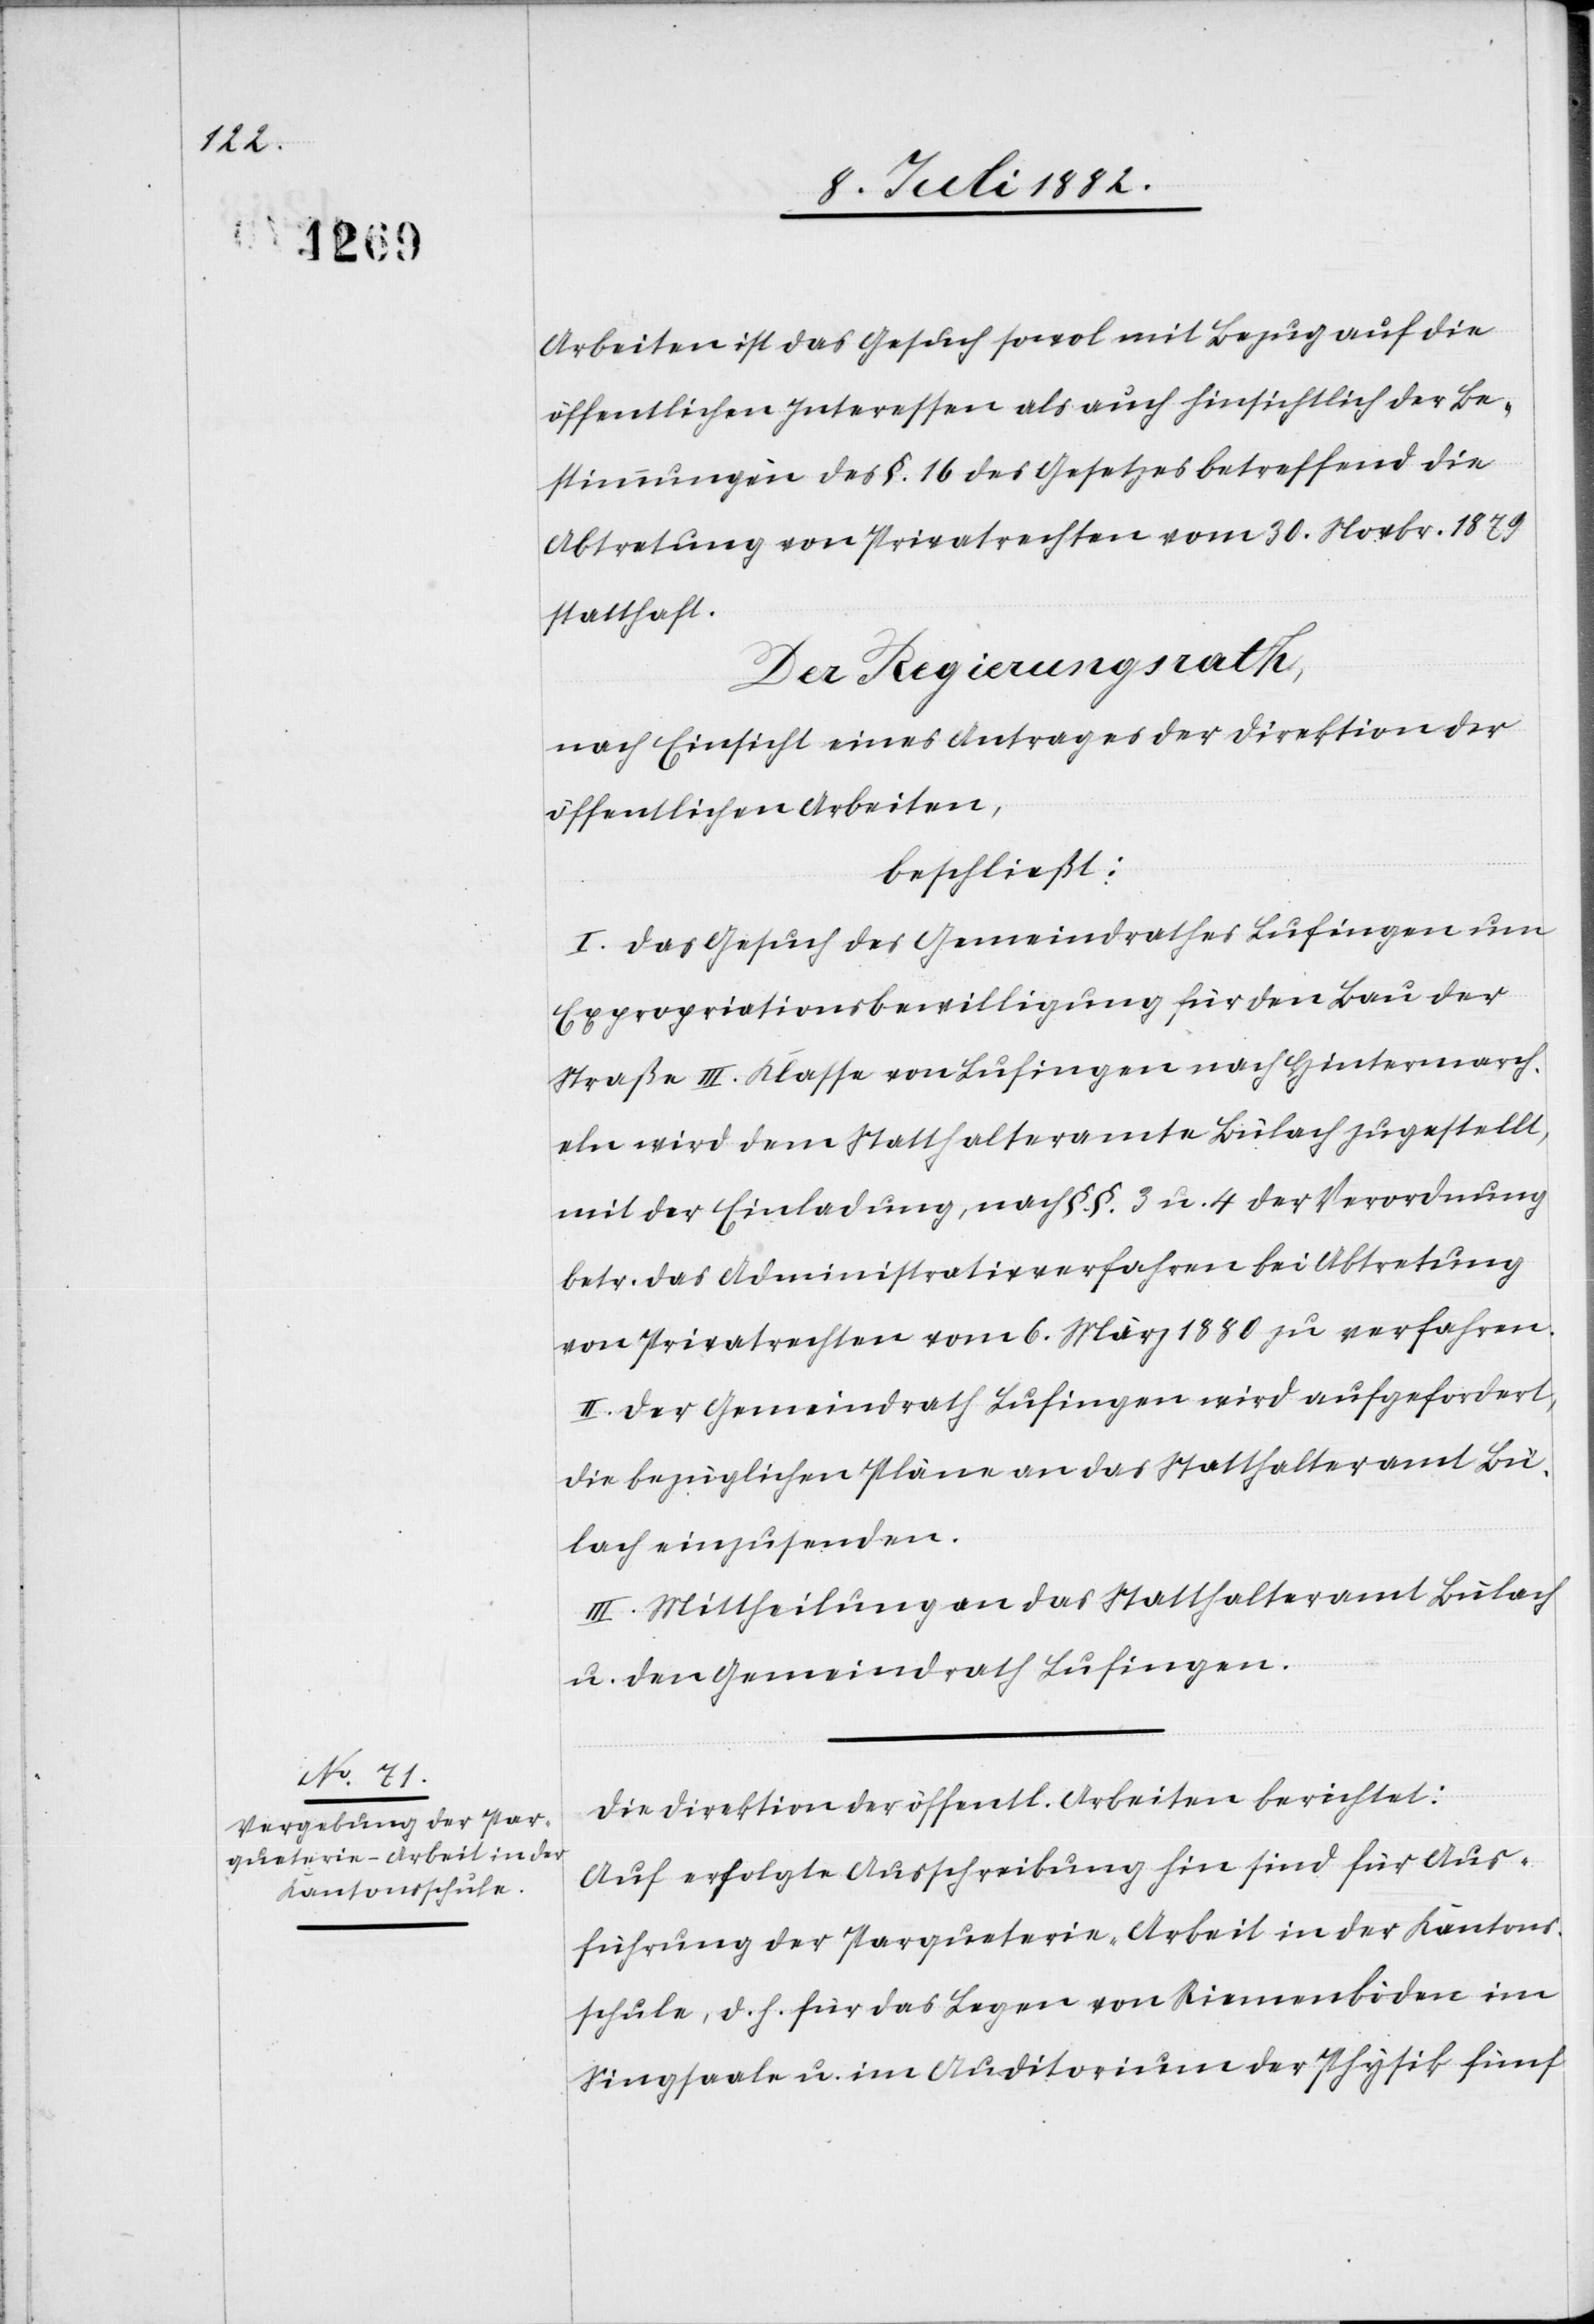
Arbeiten ist das Gesuch sowol mit Bezug auf die
öffentlichen Interessen als auch hinsichtlich der Be¬
stimmungen des §. 16 des Gesetzes betreffend die
Abtretung von Privatrechten vom 30. Novbr. 1879
statthaft.
Der Regierungsrath,
nach Einsicht eines Antrages der Direktion der
öffentlichen Arbeiten,
beschließt:
I. Das Gesuch des Gemeindrathes Lufingen um
Expropriationsbewilligung für den Bau der
Straße III. Klasse von Lufingen nach Hintermarch¬
eln wird dem Statthalteramte Bülach zugestellt,
mit der Einladung, nach §. §. 3 u. 4 der Verordnung
betr. das Administrativverfahren bei Abtretung
von Privatrechten vom 6. März 1880 zu verfahren.
II. Der Gemeindrath Lufingen wird aufgefordert,
die bezüglichen Pläne an das Statthalteramt Bü¬
lach einzusenden.
III. Mittheilung an das Statthalteramt Bülach
u. den Gemeindrath Lufingen.
Die Direktion der öffentlichen Arbeiten berichtet:
Auf erfolgte Ausschreibung hin sind für Aus¬
führung der Parqueterie-Arbeit in der Kantons¬
schule, d. h. für das Legen von Riemenböden im
Singsaal u. im Auditorium der Physik fünf